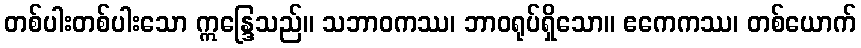
တစ်ပါးတစ်ပါးသော ဣန္ဒြေသည်။ သဘာဝကဿ၊ ဘာဝရုပ်ရှိသော။ ဧကေကဿ၊ တစ်ယောက်